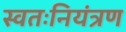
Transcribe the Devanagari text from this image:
स्वतःनियंत्रण